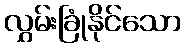
လွှမ်းခြုံနိုင်သော